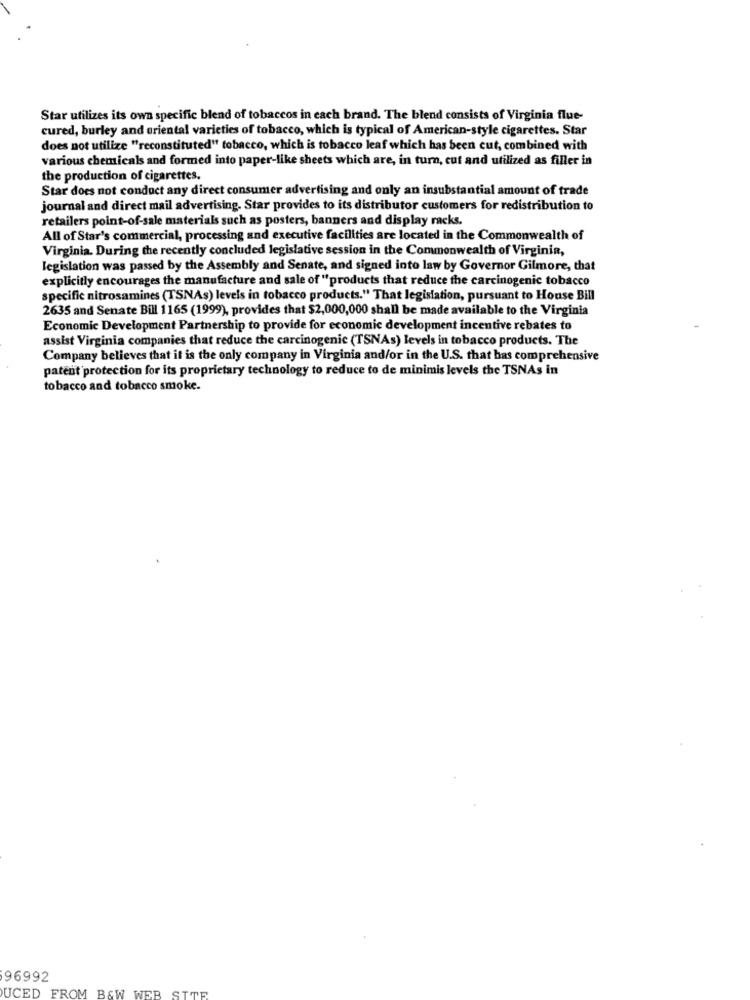
Star utilizes its own specific blend of tobaccos in each brand. The blend consists of Virginia flue-
cured, burley and oriental varieties of tobacco, which is typical of American-style cigarettes. Star
does not utilize "reconstituted" tobacco, which is tobacco leaf which has been cut, combined with
various chemicals and formed into paper-like sheets which are, in turn, cut and utilized as filler in
the production of cigarettes.
Star does not conduct any direct consumer advertising and only an insubstantial amount of trade
journal and direct mail advertising. Star provides to its distributor customers for redistribution to
retailers point-of-sale materials such as posters, banners and display racks.
All of Star's commercial, processing and executive facilities are located in the Commonwealth of
Virginia. During the recently concluded legislative session in the Commonwealth of Virginia,
legislation was passed by the Assembly and Senate, and signed into law by Governor Gilmore, that
explicitly encourages the manufacture and sale of "products that reduce the carcinogenic tobacco
specific nitrosamines (TSNAs) levels in tobacco products." That legislation, pursuant to House Bill
2635 and Senate Bill 1165 (1999), provides that $2,000,000 shall be made available to the Virginia
Economic Development Partnership to provide for economic development incentive rebates to
assist Virginia companies that reduce the carcinogenic (TSNAs) levels in tobacco products. The
Company believes that it is the only company in Virginia and/or in the U.S. that has comprehensive
patent protection for its proprietary technology to reduce to de minimis levels the TSNAs in
tobacco and tobacco smoke.
96992
UCED FROM B&W WEB SITE